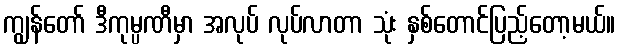
ကျွန်တော် ဒီကုမ္ပဏီမှာ အလုပ် လုပ်လာတာ သုံး နှစ်တောင်ပြည့်တော့မယ်။